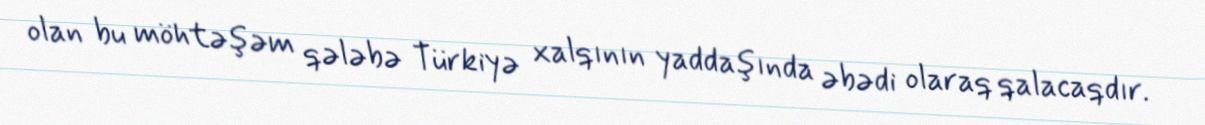
olan bu möhtəşəm qələbə Türkiyə xalqının yaddaşında əbədi olaraq qalacaqdır.